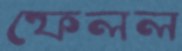
ফেলল